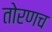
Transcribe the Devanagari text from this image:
तोरणच